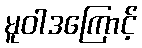
မူဝါဒကြောင့်